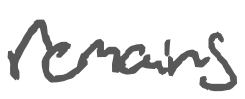
Text: remains
Cross-out: clean
Writing tool: digital_gray